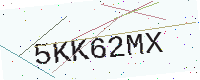
Text: 5KK62MX